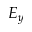
E _ { y }